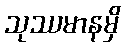
သုဿမာနမှိ